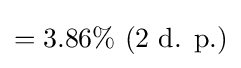
=3.86\%{\text{ (2 d. p.)}}